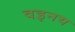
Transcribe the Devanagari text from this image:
वइनय